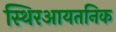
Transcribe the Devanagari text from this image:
स्थिरआयतनिक